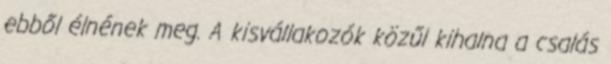
ebből élnének meg. A kisvállakozók közűl kihalna a csalás